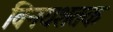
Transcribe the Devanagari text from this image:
विनयशतक